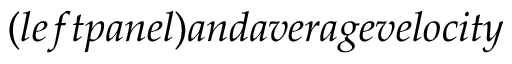
( l e f t p a n e l ) a n d a v e r a g e v e l o c i t y